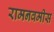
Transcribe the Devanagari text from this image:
रामनवमीस